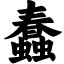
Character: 蠢